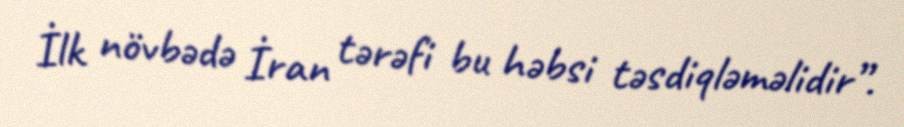
İlk növbədə İran tərəfi bu həbsi təsdiqləməlidir”.